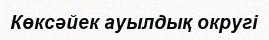
Көксәйек ауылдық округі